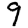
Digit: 9